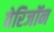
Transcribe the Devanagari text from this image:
वेरिजॉन